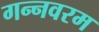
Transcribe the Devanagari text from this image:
गन्‍नवरम